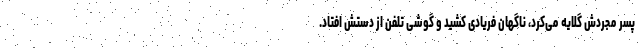
پسر مجردش گلایه می‌کرد، ناگهان فریادی کشید و گوشی تلفن از دستش افتاد.